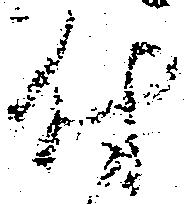
付